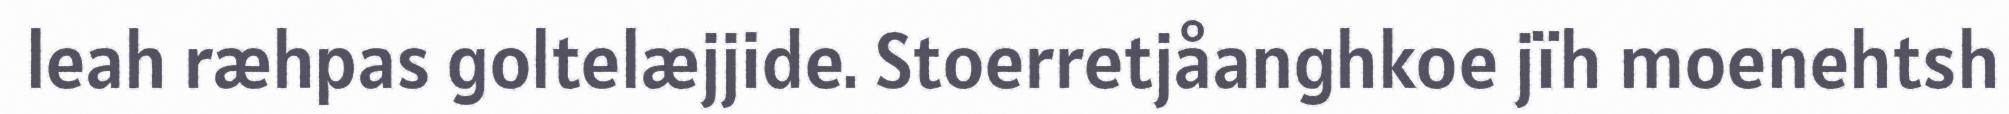
leah ræhpas goltelæjjide. Stoerretjåanghkoe jïh moenehtsh